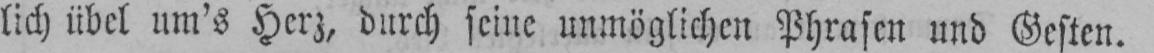
lich übel um’s Herz, durch seine unmöglichen Phrasen und Gesten.